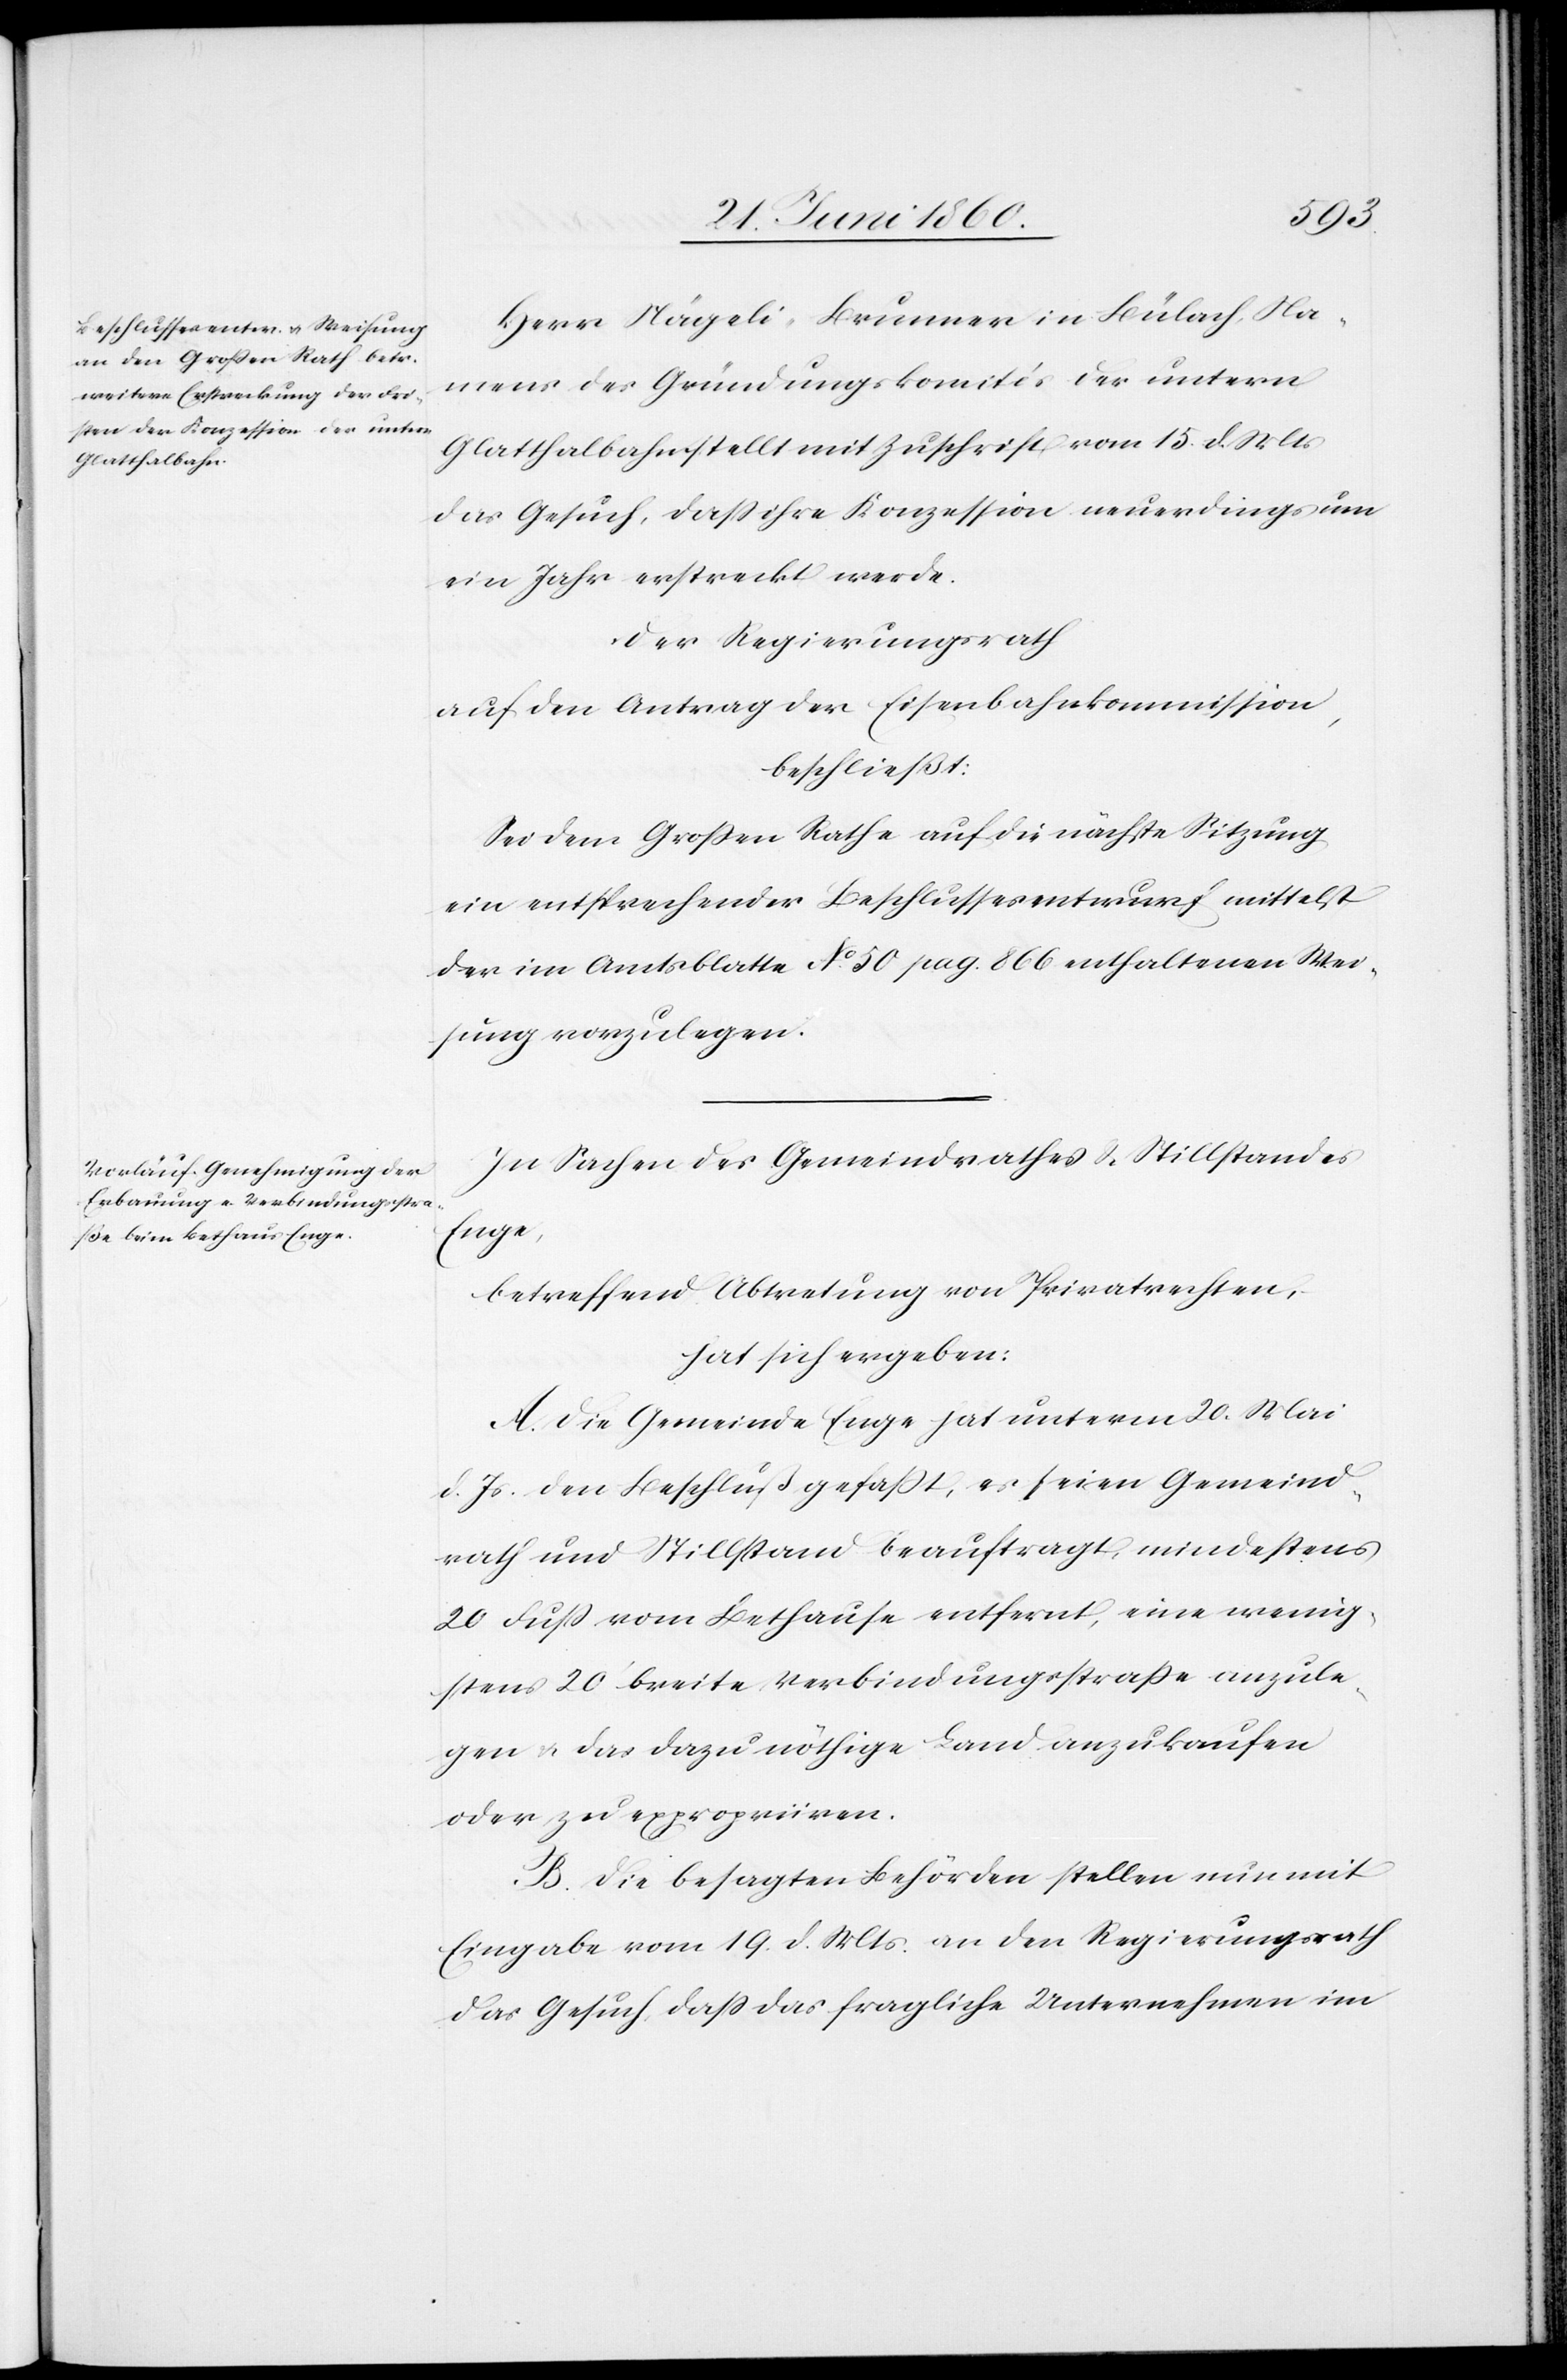
Herr Nägeli, Brunner in Bülach, Na¬
mens des Gründungskomités der untern
Glatthalbahn stellt mit Zuschrift vom 15. d. Mts.
das Gesuch, daß ihre Konzession neuerdings um
ein Jahr erstreckt werde.
Der Regierungsrath
auf den Antrag der Eisenbahnkommission,
beschliesst:
Sei dem Grossen Rathe auf die nächste Sitzung
ein entsprechender Beschlussesentwurf mittelst
der im Amtsblatte No 50 pag. 866 enthaltenen Wei¬
sung vorzulegen.
In Sachen des Gemeindrathes u. Stillstandes
Enge,
betreffend Abtretung von Privatrechten,
hat sich ergeben:
A. Die Gemeinde Enge hat unterm 20. Mai
d. Js. den Beschluß gefasst, es seien Gemeind¬
rath und Stillstand beauftragt, mindestens
20 Fuss vom Bethause entfernt, eine wenig¬
stens 20’ breite Verbindungsstrasse anzule¬
gen u. das dazu nöthige Land anzukaufen
oder zu expropriiren.
B. Die besagten Behörden stellen nun mit
Eingabe vom 19. d. Mts. an den Regierungsrath
das Gesuch, dass das fragliche Unternehmen im